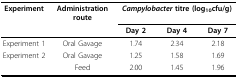
<table><thead><tr><td><b>Experiment</b></td><td><b>Administration route</b></td><td colspan="3"><b><i>Campylobacter </i>titre (log<sub>10</sub>cfu/g)</b></td></tr><tr><td></td><td></td><td><b>Day 2</b></td><td><b>Day 4</b></td><td><b>Day 7</b></td></tr></thead><tbody><tr><td>Experiment 1</td><td>Oral Gavage</td><td>1.74</td><td>2.34</td><td>2.18</td></tr><tr><td>Experiment 2</td><td>Oral Gavage</td><td>1.25</td><td>1.58</td><td>1.69</td></tr><tr><td></td><td>Feed</td><td>2.00</td><td>1.45</td><td>1.96</td></tr></tbody></table>